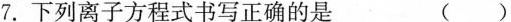
7.下列离子方程式书写正确的是 (